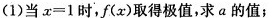
(1)当$$x = 1$$时，f(x)取得极值，求a的值；